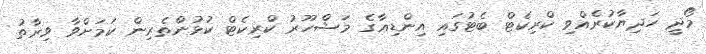
މޯދީ ހަދިޔާކުރެއްވި ކްރިކެޓް ބެޓުގައި އިންޑިއާގެ މަޝްހޫރު ކްރިކެޓް ކުޅުންތެރިން ކަމަށްވާ ވިރާތު